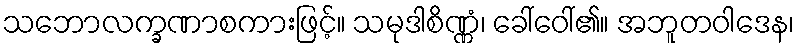
သဘောလက္ခဏာစကားဖြင့်။ သမုဒါစိဏ္ဏံ၊ ခေါ်ဝေါ်၏။ အဘူတဝါဒေန၊